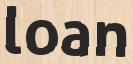
loan